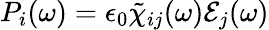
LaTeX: P_{i}(\omega)=\epsilon_{0}\tilde{\chi}_{ij}(\omega)\mathcal{E}_{j}(\omega)